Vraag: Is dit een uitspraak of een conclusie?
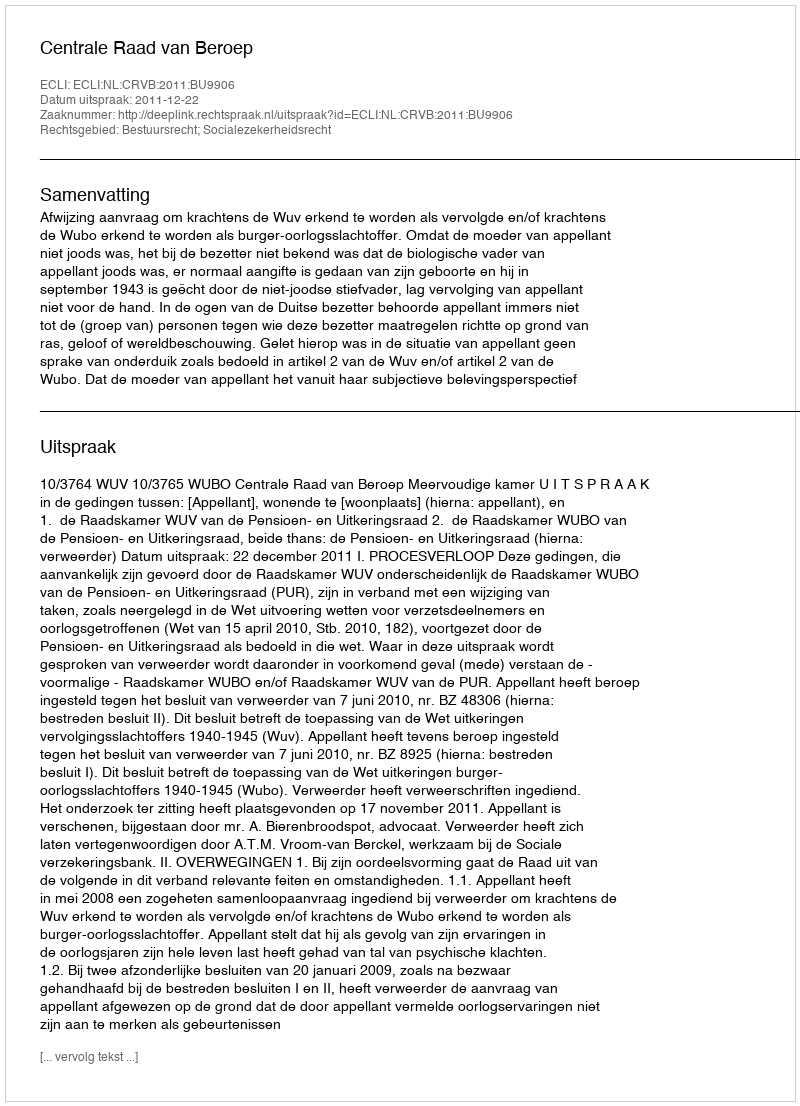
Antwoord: Uitspraak